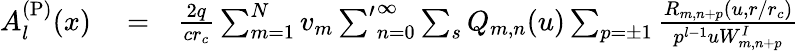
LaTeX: \begin{array}{rlr}{A_{l}^{\mathrm{(P)}}(x)}&{{}=}&{\frac{2q}{cr_{c}}\sum_{m=1}^{N}v_{m}\sideset{}{'}{\sum}_{n=0}^{\infty}\sum_{s}Q_{m,n}(u)\sum_{p=\pm 1}\frac{R_{m,n+p}(u,r/r_{c})}{p^{l-1}uW_{m,n+p}^{I}}}\end{array}